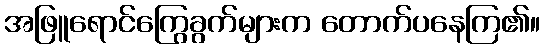
အဖြူရောင်ကြွေခွက်များက တောက်ပနေကြ၏။